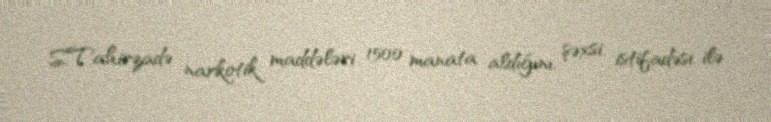
S.Tahirzadə narkotik maddələri 1500 manata aldığını, şəxsi istifadəsi ilə